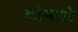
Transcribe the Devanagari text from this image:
टोमाले